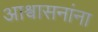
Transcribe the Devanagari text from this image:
आश्वासनांना